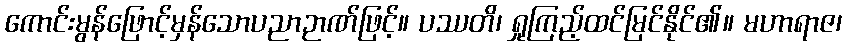
ကောင်းမွန်ဖြောင့်မှန်သောပညာဉာဏ်ဖြင့်။ ပဿတိ၊ ရှုကြည့်ထင်မြင်နိုင်၏။ မဟာရာဇ၊